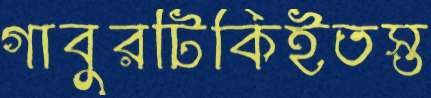
গাবুরটিকিইতস্ত